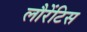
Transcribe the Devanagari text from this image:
लौरेंटिस